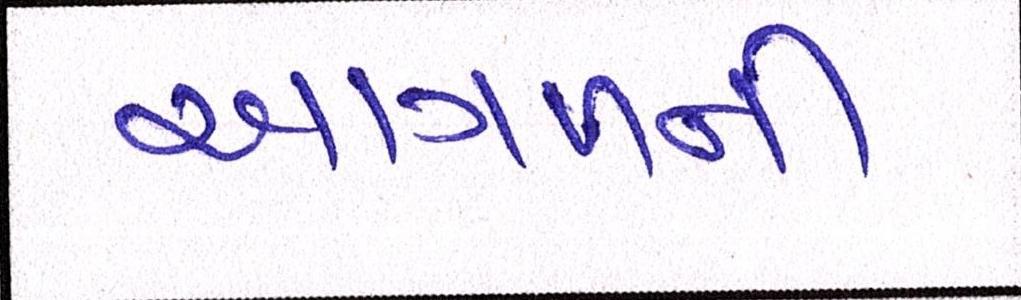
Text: આગળની